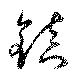
鎮